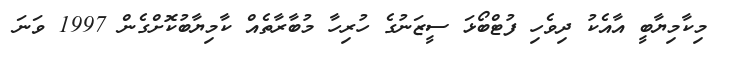
މިކާމިޔާބީ އާއެކު ދިވެހި ފުޓްބޯޅަ ސީޒަނުގެ ހުރިހާ މުބާރާތެއް ކާމިޔާބުކޮށްގެން 1997 ވަނަ